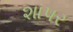
શાપર